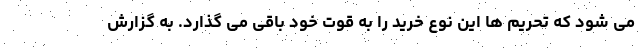
می شود که تحریم ها این نوع خرید را به قوت خود باقی می گذارد. به گزارش